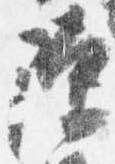
除